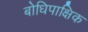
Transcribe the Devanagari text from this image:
बोधिपाक्षिक